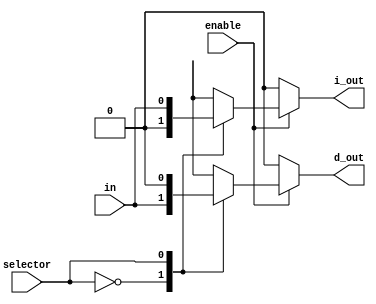
module splitter #(parameter bit_width=1) (in,d_out,i_out,enable,selector);

input [bit_width-1:0] in;
input enable;
input selector;    // [D or I]
output reg [bit_width-1:0] d_out,i_out;

parameter  DIRECT_TO_D=0;
parameter  DIRECT_TO_I=1;

always @(in,selector,enable)
	if (enable==1)
		begin
			case(selector)
				DIRECT_TO_D:
					begin
						d_out<=in;
						i_out<=0;
					end
				DIRECT_TO_I:
					begin
						i_out<=in;
						d_out<=0;
					end
				default:
					begin
						i_out<=0;
						d_out<=0;
					end				
			endcase
		end
	else 
		begin
			d_out<=0;
			i_out<=0;
		end
endmodule